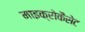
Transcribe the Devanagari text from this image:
माइक्रोकैसेट